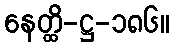
နေတ္ထိ-ဋ္ဌ-၁၈၆။